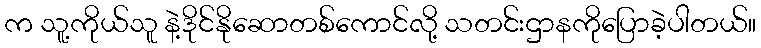
က သူ့ကိုယ်သူ နဲ့ဒိုင်နိုဆောတစ်ကောင်လို့ သတင်းဌာနကိုပြောခဲ့ပါတယ်။